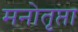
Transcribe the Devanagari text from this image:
मनोतृप्ता